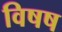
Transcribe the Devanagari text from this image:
विषष